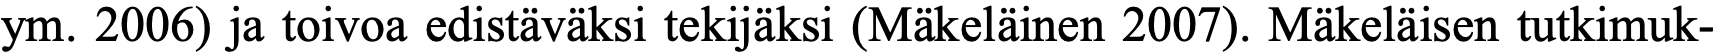
ym. 2006) ja toivoa edistäväksi tekijäksi (Mäkeläinen 2007). Mäkeläisen tutkimuk-